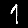
Digit: 1